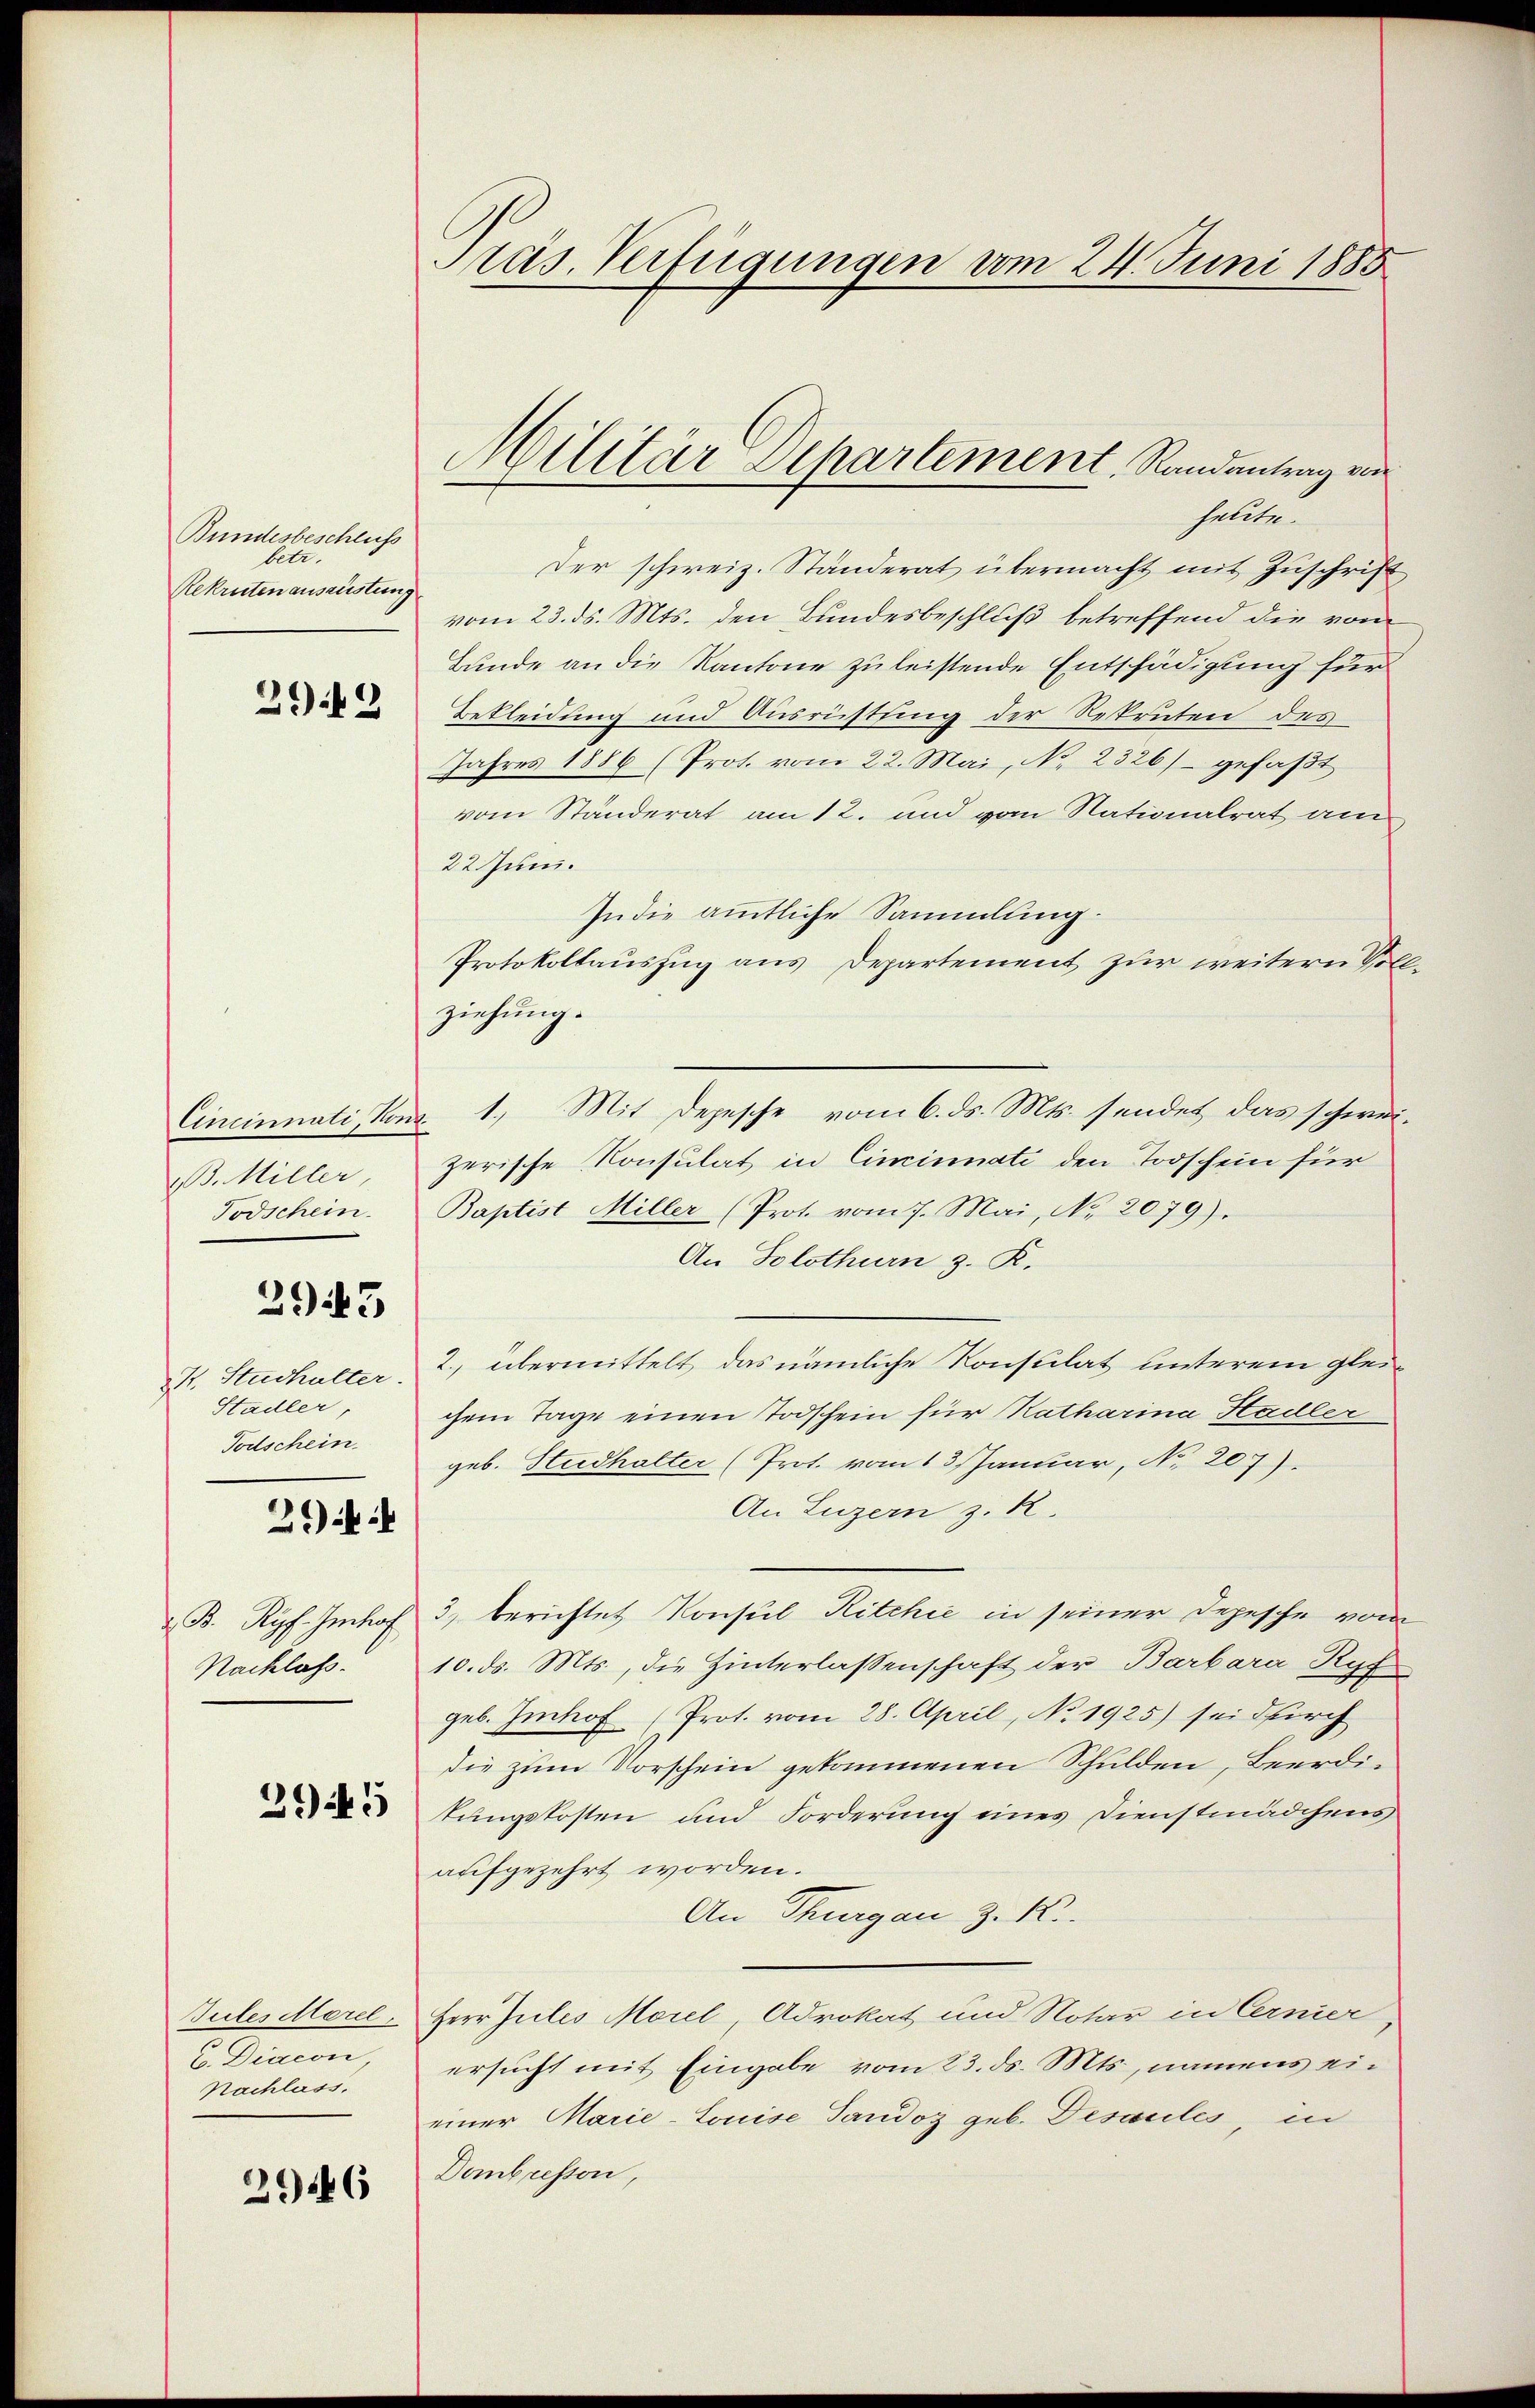
Bundesbeschluss
betr.
Rekrutenausrüstung

2942

13. Miller,
Todschein

3943

K. Studhulter.
Stadler,
Todschein

2 ib

B. Ryf Imhof
Nachlass.

3945

Gutes Morel,
E. Diacon,
Nachlass,

2946

Präs. Verfügungen vom 24. Juni 1885

halte.
Der schweiz. Ständerat übermacht mit Zuschrift
vom 23. ds. Mts. den Bundesbeschluß betreffend die vom
Bunde an die Kantone zu leistende Entschädigung für
Bekleidung und Ausrüstung der Rekruten des
Jahres 1886 (Prot. vom 22. Mai, No. 2326) - gefaßt
vom Ständerat am 12. und vom Nationalrat am
22. Juni.
In die ämmtliche Sammlung.
Protokollauszug aus Departement zur weitern Vollziehung.
zerische Konsulat in Ciminati den Todschein für
Baptist Miller (Prot. vom 7. Mai, No. 2079).
An Solothurn z. R.
2., übermittelt das nämliche Konsulat unterem gleichem Tage einen Todschein für Katharina Hadler
geb. Studhalter (Prot. vom 13. Januar, No 207).
An Luzern z. R.
3) berichtet Konsul Ritchić in seiner Depesche von
10. ds. Mts., die Hinterlassenschaft der Barbara Ryf
geb. Imhof (Prot. vom 28. April, No 1925) sei durch
die zum Vorschein gekommenen Schulden, Beerditungskosten und Forderung eines Dienstmädchens
aufgezehrt worden.
An Thurgau z. K.
Herr Jules Morel, Advokat und Notar in Cernier
ersucht mit Eingabe vom 23. ds. Mts., namens eieiner Marie-Louise Tandoz geb. Desaules, in
Dombreston,

Militär Departement, Randantrag von

Cincinnati, Kons. 1. Mit Depesche vom 6. ds. Mts. sendet das schwei¬